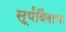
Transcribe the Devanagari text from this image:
सूर्यबिंबाचा